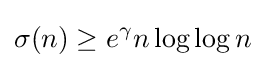
\sigma (n)\geq e^{\gamma }n\log \log n